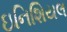
ઇનિશિયલ